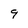
Character: 9